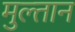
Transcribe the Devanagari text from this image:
मुल्‍तान